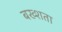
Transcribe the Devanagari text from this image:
बख्शता